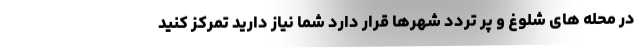
در محله های شلوغ و پر تردد شهرها قرار دارد شما نیاز دارید تمرکز کنید